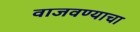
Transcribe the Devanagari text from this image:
वाजवण्याचा